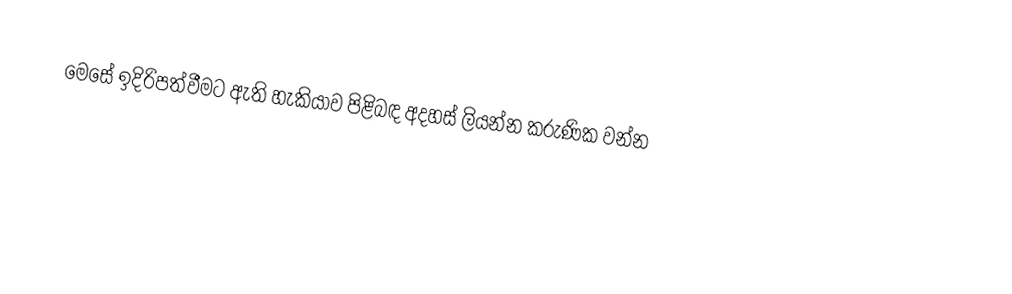
මෙසේ ඉදිරිපත්වීමට ඇති හැකියාව පිළිබඳ අදහස් ලියන්න කරුණික වන්න